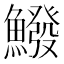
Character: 鱍